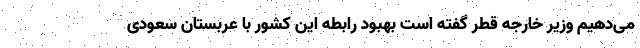
می‌دهیم وزیر خارجه قطر گفته است بهبود رابطه این کشور با عربستان سعودی